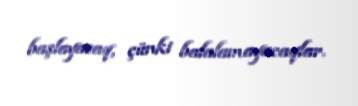
başlayacaq, çünki balalamayacaqlar.